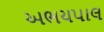
અભયપાલ